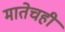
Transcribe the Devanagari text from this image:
मातेचही